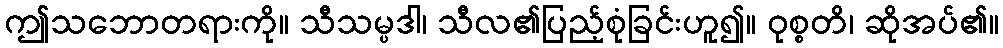
ဤသဘောတရားကို။ သီသမ္ပဒါ၊ သီလ၏ပြည့်စုံခြင်းဟူ၍။ ဝုစ္စတိ၊ ဆိုအပ်၏။